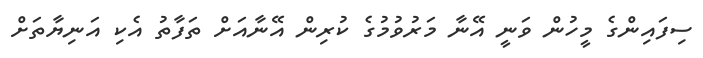
ސިފައިންގެ މީހުން ވަނީ އޭނާ މަރުވުމުގެ ކުރިން އޭނާއަށް ތަފާތު އެކި އަނިޔާތަށް